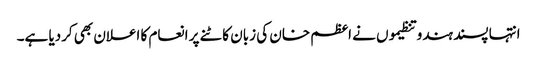
انتہا پسند ہندو تنظیموں نے اعظم خان کی زبان کاٹنے پر انعام کا اعلان بھی کردیا ہے۔